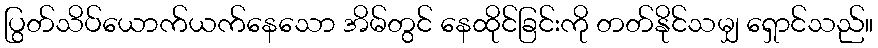
ပြွတ်သိပ်ယောက်ယက်နေသော အိမ်တွင် နေထိုင်ခြင်းကို တတ်နိုင်သမျှ ရှောင်သည်။